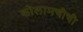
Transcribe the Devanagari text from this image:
कोलामचीची